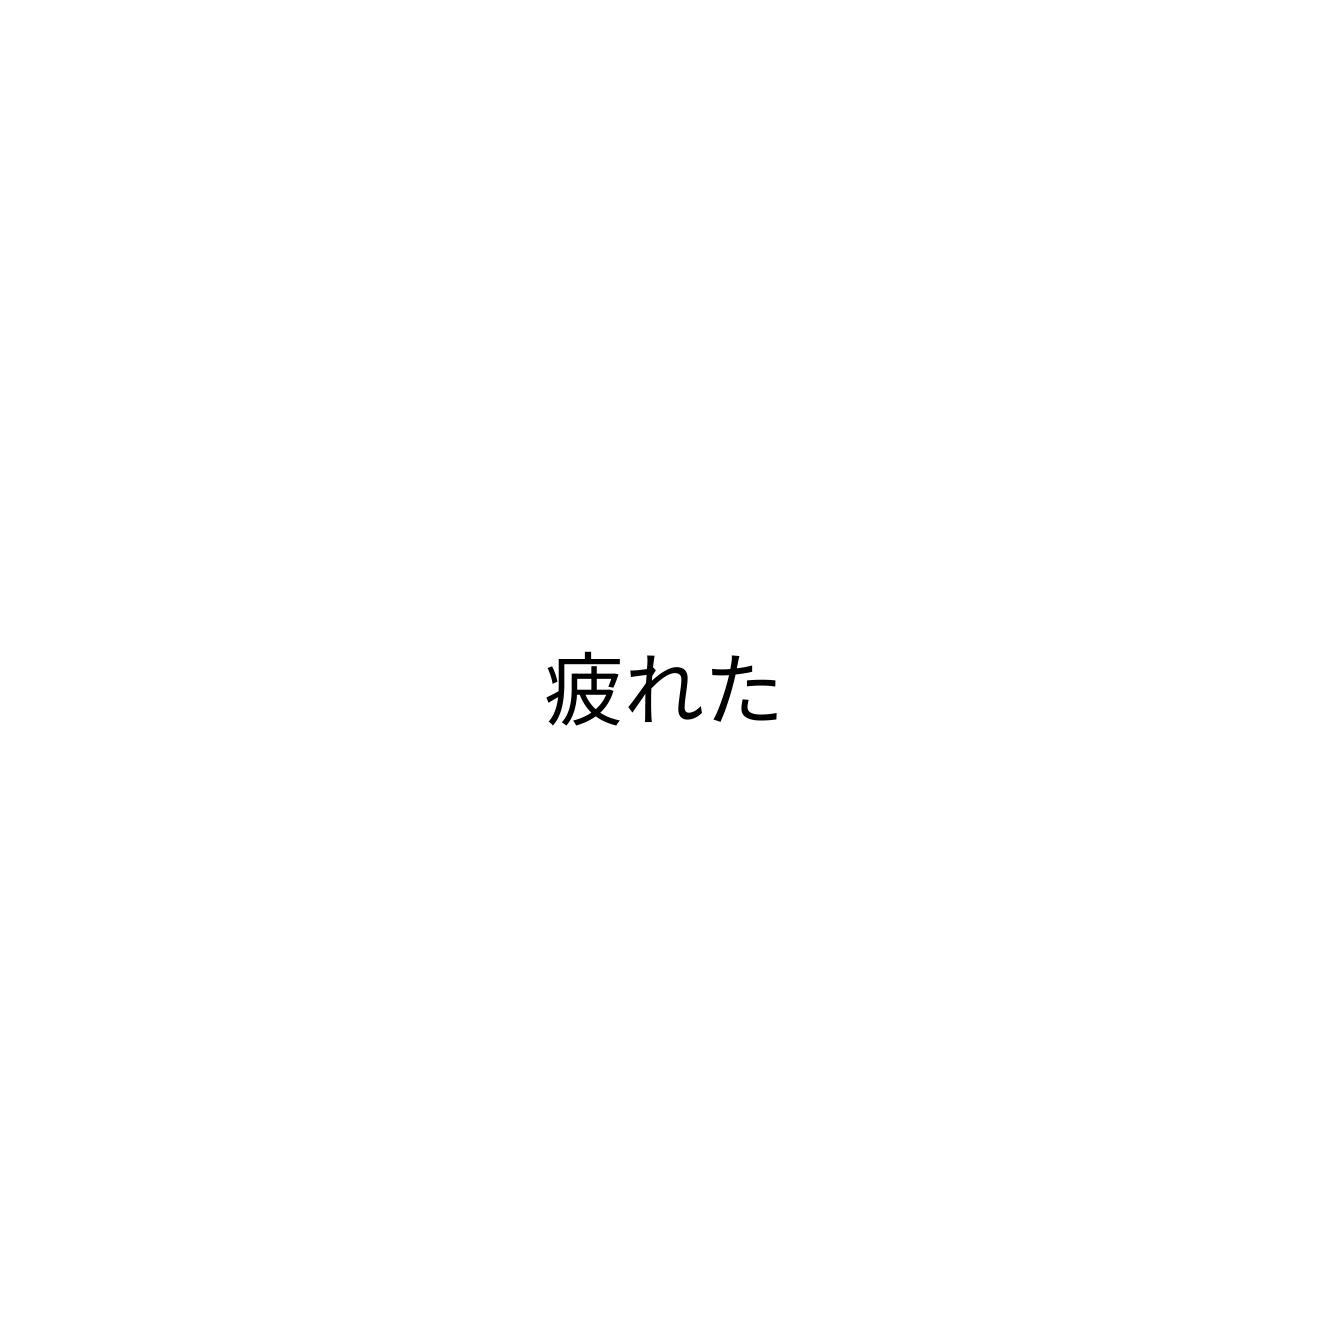
疲れた